Subject: physics
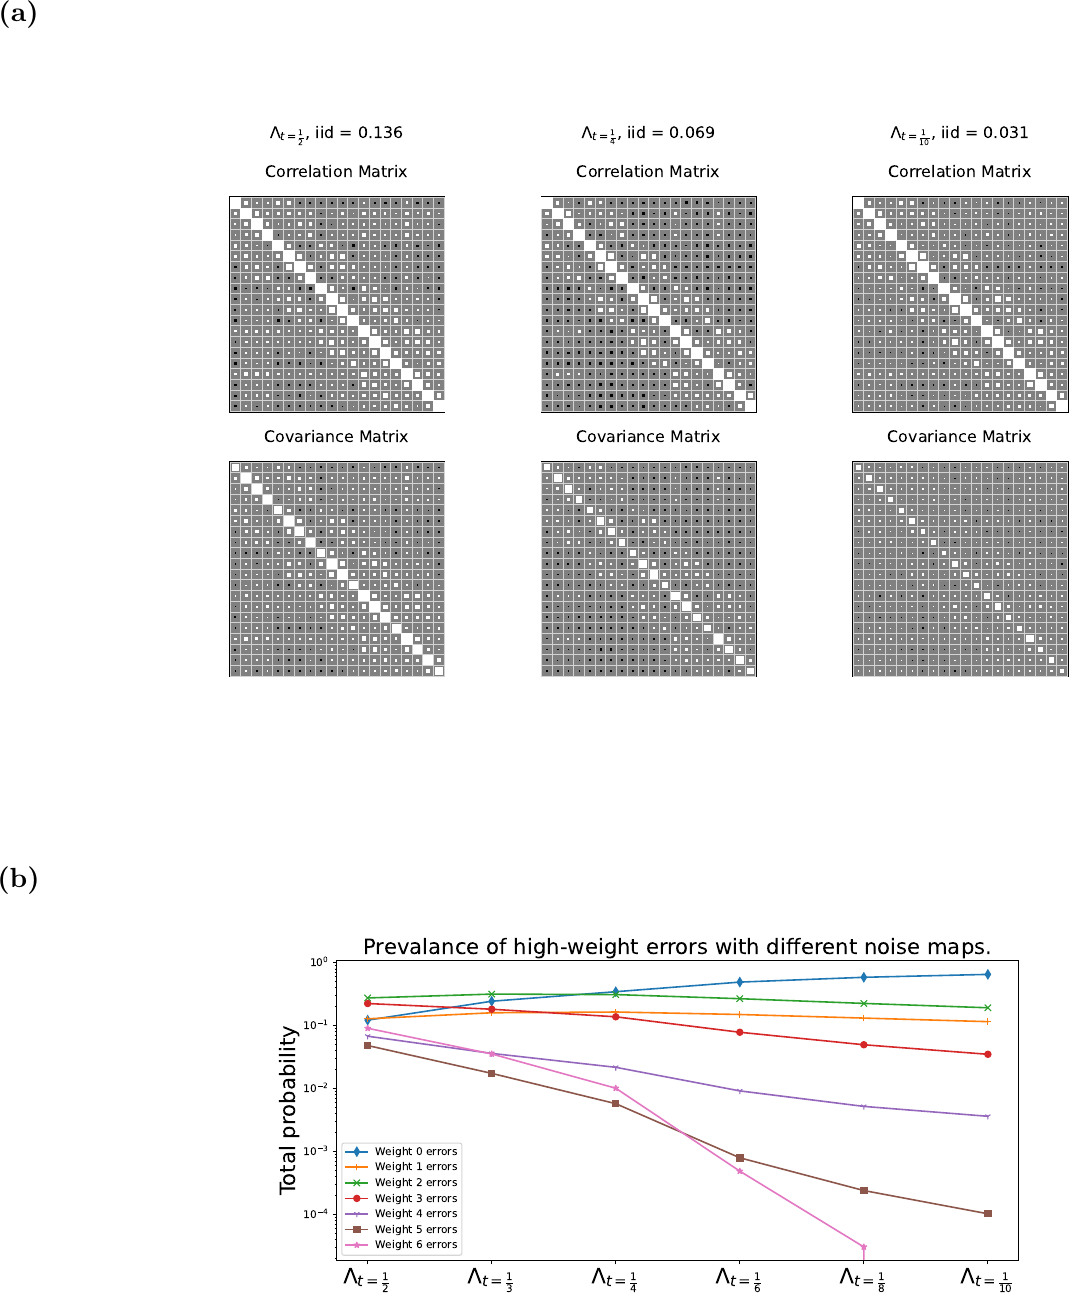
LaTeX code:
\begin{tikzpicture}

\node[inner sep=0pt] at (-0,5) {\includegraphics[width=1\textwidth]{9419_figures_Corr_CovarianceReconstructedLambda.pdf}};
\node at (-8,10) {\textbf{(a)}};
\node[inner sep=0pt] at (-0,-4) {\includegraphics[width=0.8\textwidth]{9420_figures_error_weights.pdf}};
\node at (-8,-1) {\textbf{(b)}};

\end{tikzpicture}